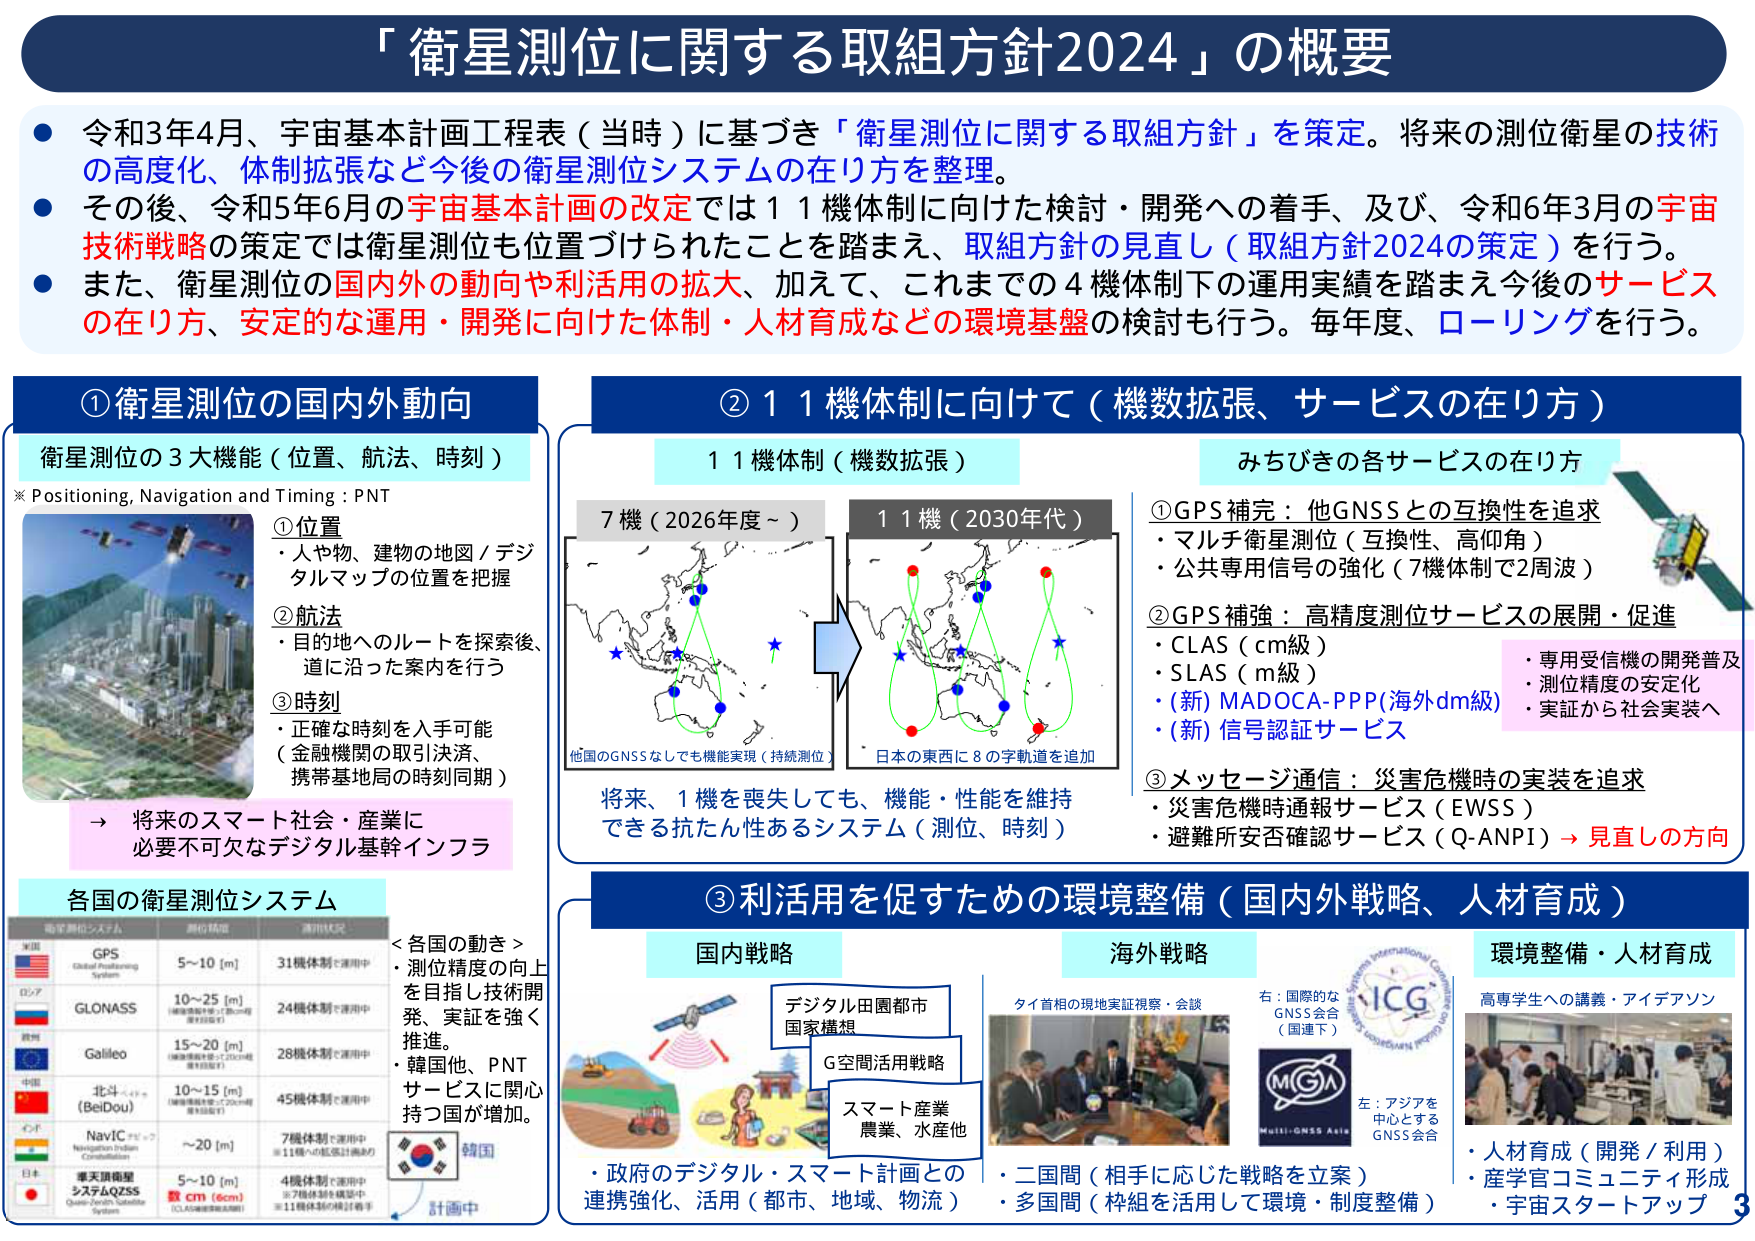
「衛星測位に関する取組方針2024」の概要

● 令和3年4月、宇宙基本計画工程表（当時）に基づき「衛星測位に関する取組方針」を策定。将来の測位衛星の技術の高度化、体制拡張など今後の衛星測位システムの在り方を整理。

● その後、令和5年6月の宇宙基本計画の改定では11機体制に向けた検討・開発への着手、及び、令和6年3月の宇宙技術戦略の策定では衛星測位も位置づけられたことを踏まえ、取組方針の見直し（取組方針2024の策定）を行う。

● また、衛星測位の国内外の動向や利用の拡大、加えて、これまでの4機体制下の運用実績を踏まえ今後のサービスの在り方、安定的な運用・開発に向けた体制・人材育成などの環境基盤の検討も行う。毎年度、ローリングを行う。

①衛星測位の国内外動向

衛星測位の3大機能（位置、航法、時刻）
※ Positioning, Navigation and Timing : PNT

①位置
・人や物、建物の地図／デジタルマップの位置を把握

②航法
・目的地へのルートを探索後、道に沿った案内を行う

③時刻
・正確な時刻を入手可能
（金融機関の取引決済、携帯基地局の時刻同期）

→ 将来のスマート社会・産業に必要不可欠なデジタル基幹インフラ

各国の衛星測位システム

| 衛星測位システム | 測位精度 | 運用状況 |
|------------------|----------|----------|
| GPS<br>Global Positioning System | 5～10 [m] | 31機体制で運用中 |
| GLONASS<br>（地球衛星測位システム） | 10～25 [m]<br>（衛星数増加で20cm程度の精度を実現） | 24機体制で運用中 |
| Galileo<br>（欧州連合） | 15～20 [m]<br>（衛星数増加で20cm程度の精度を実現） | 28機体制で運用中 |
| 北斗（BeiDou）<br>（中国） | 10～15 [m]<br>（衛星数増加で20cm程度の精度を実現） | 45機体制で運用中 |
| NavIC<br>（インド） | ～20 [m] | 7機体制で運用中<br>※11機への拡張計画あり |
| 日本<br>準天頂衛星システムQZSS<br>Quasi-Zenith Satellite System | 5～10 [m]<br>**数cm（6cm）**<br>（CLAS利用時） | 4機体制で運用中<br>※7機体制を構築中<br>※11機体制の計画あり |

＜各国の動き＞
・測位精度の向上を目指し技術開発、実証を強く推進。
・韓国他、PNTサービスに関心を持つ国が増加。

計画中

②11機体制に向けて（機数拡張、サービスの在り方）

11機体制（機数拡張）

7機（2026年度～）
→ 他のGNSSなしでも機能実現（継続測位）

11機（2030年代）
→ 日本の東西に8の字軌道を追加

将来、1機を喪失しても、機能・性能を維持できる抗たん性あるシステム（測位、時刻）

みちびきの各サービスの在り方

①GPS補完：他GNSSとの互換性を追求
・マルチ衛星測位（互換性、高仰角）
・公共専用信号の強化（7機体制で2周波）

②GPS補強：高精度測位サービスの展開・促進
・CLAS（cm級）
・SLAS（m級）
・(新) MADOCA-PPP（海外dm級）
・(新) 信号認証サービス

・専用受信機の開発普及
・測位精度の安定化
・実証から社会実装へ

③メッセージ通信：災害危機時の実装を追求
・災害危機時通報サービス（EWSS）
・避難所安否確認サービス（Q-ANPI）→ 見直しの方向

③利用を促すための環境整備（国内外戦略、人材育成）

国内戦略

デジタル田園都市<br>国家構想

G空間活用戦略

スマート産業<br>農業、水産他

・政府のデジタル・スマート計画との連携強化、活用（都市、地域、物流）

海外戦略

タイ首相の現地実証視察・会談

・二国間（相手に応じた戦略を立案）
・多国間（枠組を活用して環境・制度整備）

右：国際的なGNSS会合（国連下）<br>ICG<br>International Committee on Global Navigation Satellite Systems

左：アジアを中心とするGNSS会合<br>MGA<br>Multi-GNSS Asia

環境整備・人材育成

高専学生への講義・アイデアソン

・人材育成（開発／利用）
・産学官コミュニティ形成
・宇宙スタートアップ

3